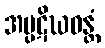
အပ္ပဋိဃဝန္တံ